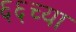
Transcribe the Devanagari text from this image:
६६च्या